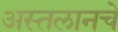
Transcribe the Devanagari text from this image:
अस्तलानचे